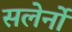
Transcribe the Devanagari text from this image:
सलेर्नो